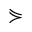
\curlyeqsucc